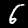
Label: 6